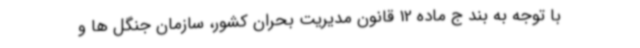
با توجه به بند ج ماده 12 قانون مدیریت بحران کشور، سازمان جنگل ها و